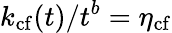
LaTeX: k_{\mathrm{cf}}(t)/t^{b}=\eta_{\mathrm{cf}}